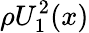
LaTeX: {\rho}{U_{1}^{2}}(x)